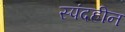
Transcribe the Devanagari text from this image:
स्पंदहीन